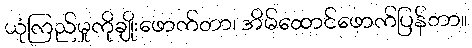
ယုံကြည်မှုကိုချိုးဖောက်တာ၊ အိမ်ထောင်ဖောက်ပြန်တာ။